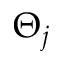
\Theta _ { j }